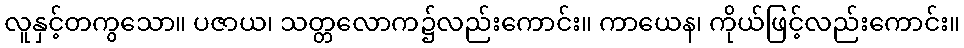
လူနှင့်တကွသော။ ပဇာယ၊ သတ္တလောက၌လည်းကောင်း။ ကာယေန၊ ကိုယ်ဖြင့်လည်းကောင်း။